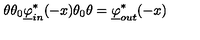
\theta \theta _ { 0 } \underline { \varphi } _ { i n } ^ { * } ( - x ) \theta _ { 0 } \theta = \underline { \varphi } _ { o u t } ^ { * } ( - x )